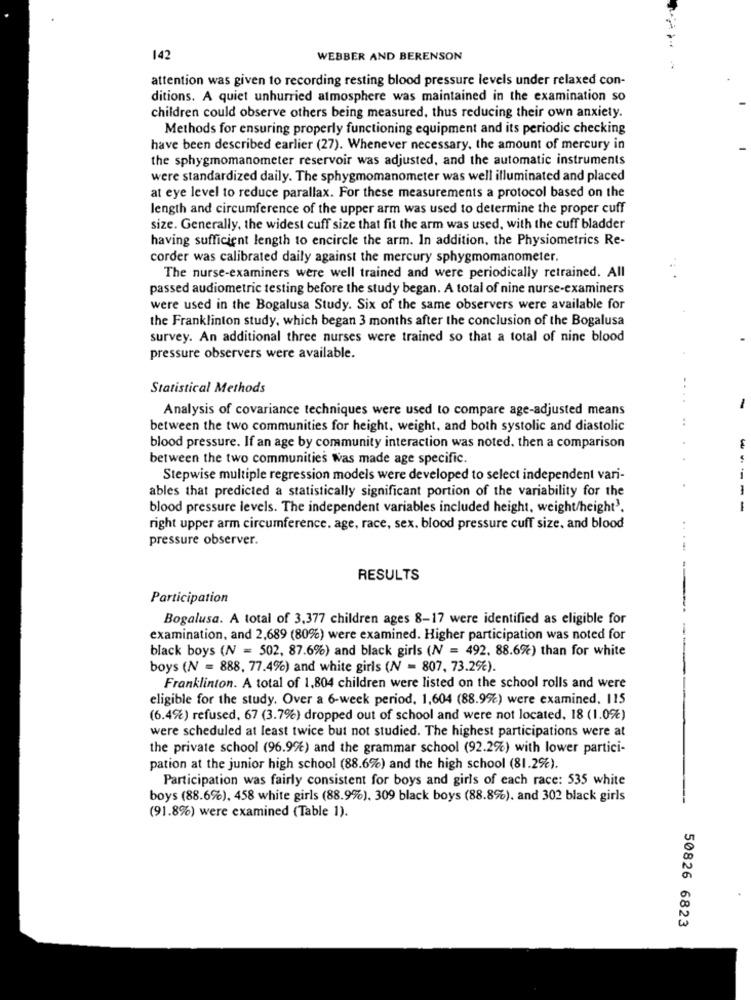
142
WEBBER AND BERENSON
attention was given to recording resting blood pressure levels under relaxed con-
ditions. A quiet unhurried atmosphere was maintained in the examination so
children could observe others being measured. thus reducing their own anxiety.
Methods for ensuring properly functioning equipment and its periodic checking
have been described earlier (27). Whenever necessary, the amount of mercury in
the sphygmomanometer reservoir was adjusted, and the automatic instruments
were standardized daily. The sphygmomanometer was well illuminated and placed
at eye level to reduce parallax. For these measurements a protocol based on the
length and circumference of the upper arm was used to determine the proper cuff
size. Generally, the widest cuff size that fit the arm was used, with the cuff bladder
having sufficient length to encircle the arm. In addition, the Physiometrics Re-
corder was calibrated daily against the mercury sphygmomanometer.
The nurse-examiners were well trained and were periodically retrained. All
passed audiometric testing before the study began. A total of nine nurse-examiners
were used in the Bogalusa Study. Six of the same observers were available for
the Franklinton study, which began 3 months after the conclusion of the Bogalusa
survey. An additional three nurses were trained so that a total of nine blood
pressure observers were available.
Statistical Methods
Analysis of covariance techniques were used to compare age-adjusted means
between the two communities for height, weight, and both systolic and diastolic
blood pressure. If an age by community interaction was noted, then a comparison
between the two communities was made age specific.
Stepwise multiple regression models were developed to select independent vari-
ables that predicted a statistically significant portion of the variability for the
blood pressure levels. The independent variables included height, weight/height3.
---
right upper arm circumference. age, race, sex. blood pressure cuff size. and blood
pressure observer.
.....
RESULTS
Participation
Bogalusa. A total of 3,377 children ages 8-17 were identified as eligible for
examination, and 2,689 (80%) were examined. Higher participation was noted for
black boys (NV = 502, 87.6%) and black girls (NV = 492. 88.6%) than for white
boys (N = 888, 77.4%) and white girls (N = 807, 73.2%).
Franklinton. A total of 1,804 children were listed on the school rolls and were
eligible for the study. Over a 6-week period, 1,604 (88.9%) were examined. 115
(6.4%) refused, 67 (3.7%) dropped out of school and were not located. 18 (1.0%)
were scheduled at least twice but not studied. The highest participations were at
the private school (96.9%) and the grammar school (92.2%) with lower partici-
pation at the junior high school (88.6%) and the high school (81.2%).
Participation was fairly consistent for boys and girls of each race: 535 white
boys (88.6%), 458 white girls (88.9%). 309 black boys (88.8%). and 302 black girls
(91.8%) were examined (Table 1).
50826 6823